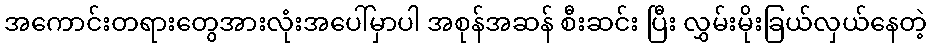
အကောင်းတရားတွေအားလုံးအပေါ်မှာပါ အစုန်အဆန် စီးဆင်း ပြီး လွှမ်းမိုးခြယ်လှယ်နေတဲ့